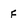
Character: F